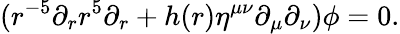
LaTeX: (r^{-5}\partial_{r}r^{5}\partial_{r}+h(r)\eta^{\mu\nu}\partial_{\mu}\partial_{\nu})\phi=0.